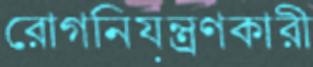
রোগনিয়ন্ত্রণকারী